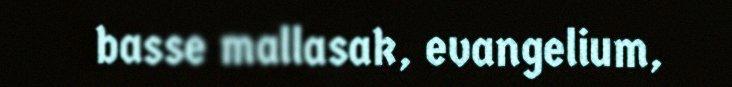
basse mallasak, evangelium,